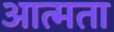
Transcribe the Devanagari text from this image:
आत्मता